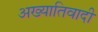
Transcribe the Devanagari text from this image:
अख्यातिवादी